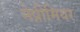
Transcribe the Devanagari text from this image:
नेप्रीमियर